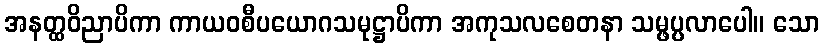
အနတ္ထဝိညာပိကာ ကာယဝစီပယောဂသမုဋ္ဌာပိကာ အကုသလစေတနာ သမ္ဖပ္ပလာပေါ။ သော